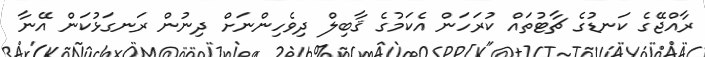
ރާއްޖޭގެ ކަނޑުގެ ޗާޓުތައް ކުރަހަން އެކަމުގެ ޤާބިލް ދިވެހިންނަށް ދިނުން ރަނގަޅުކަން އޭނާ